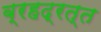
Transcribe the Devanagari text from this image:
ब्रहद्रत्त